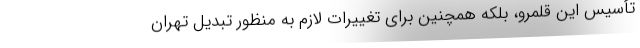
تأسیس این قلمرو، بلکه همچنین برای تغییرات لازم به منظور تبدیل تهران